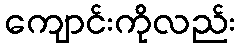
ကျောင်းကိုလည်း